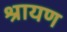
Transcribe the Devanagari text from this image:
श्रायण